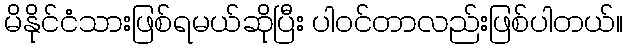
မိနိုင်ငံသားဖြစ်ရမယ်ဆိုပြီး ပါဝင်တာလည်းဖြစ်ပါတယ်။